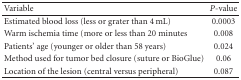
| Variable | P-value |
 | --- | --- |
 | Estimated blood loss (less or grater than 4 mL) | 0.0003 |
 | Warm ischemia time (more or less than 20 minutes | 0.008 |
 | Patients' age (younger or older than 58 years) | 0.024 |
 | Method used for tumor bed closure (suture or BioGlue) | 0.06 |
 | Location of the lesion (central versus peripheral) | 0.087 |